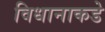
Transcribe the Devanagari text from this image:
विधानाकडे